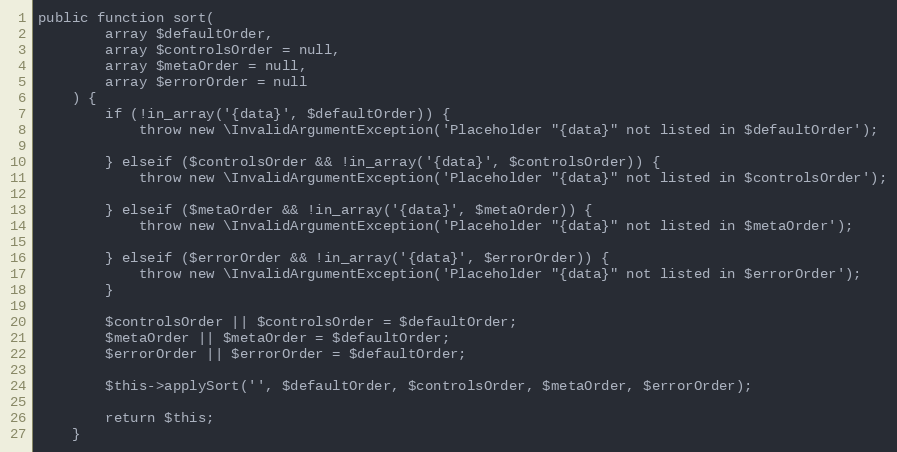
Language: PHP
public function sort(
        array $defaultOrder,
        array $controlsOrder = null,
        array $metaOrder = null,
        array $errorOrder = null
    ) {
        if (!in_array('{data}', $defaultOrder)) {
            throw new \InvalidArgumentException('Placeholder "{data}" not listed in $defaultOrder');

        } elseif ($controlsOrder && !in_array('{data}', $controlsOrder)) {
            throw new \InvalidArgumentException('Placeholder "{data}" not listed in $controlsOrder');

        } elseif ($metaOrder && !in_array('{data}', $metaOrder)) {
            throw new \InvalidArgumentException('Placeholder "{data}" not listed in $metaOrder');

        } elseif ($errorOrder && !in_array('{data}', $errorOrder)) {
            throw new \InvalidArgumentException('Placeholder "{data}" not listed in $errorOrder');
        }

        $controlsOrder || $controlsOrder = $defaultOrder;
        $metaOrder || $metaOrder = $defaultOrder;
        $errorOrder || $errorOrder = $defaultOrder;

        $this->applySort('', $defaultOrder, $controlsOrder, $metaOrder, $errorOrder);

        return $this;
    }